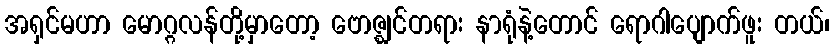
အရှင်မဟာ မောဂ္ဂလန်တို့မှာတော့ ဗောဇ္ဈင်တရား နာရုံနဲ့တောင် ရောဂါပျောက်ဖူး တယ်၊